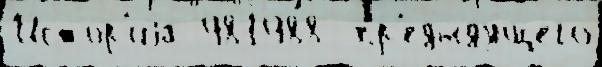
Исто́р'иjа 981988  пр'едыду́щего